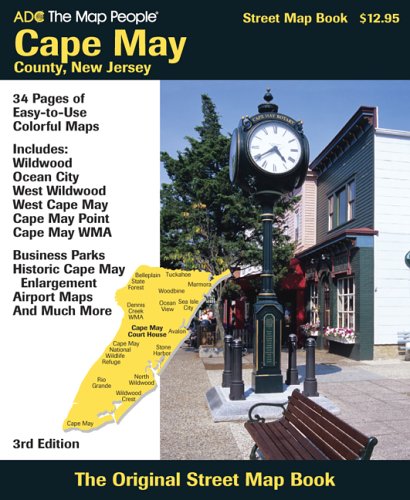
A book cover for ADC The Map People Cape May County, New Jersey: Street Map Book; Adc The Map People; Travel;